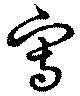
写